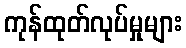
ကုန်ထုတ်လုပ်မှုများ